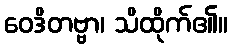
ဝေဒိတဗ္ဗာ၊ သိထိုက်၏။